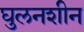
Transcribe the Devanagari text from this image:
घुलनशीन